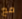
مع